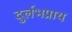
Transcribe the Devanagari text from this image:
दुर्लभप्राय